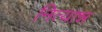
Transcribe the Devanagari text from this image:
नित्यान्न